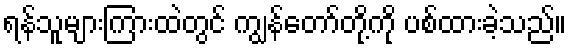
ရန်သူများကြားထဲတွင် ကျွန်တော်တို့ကို ပစ်ထားခဲ့သည်။